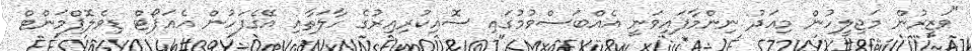
"ވަޒީރުން މަޖިލީހުން މިއަދު ނިންމާފައިވަނީ އެއްބަސްވުމުގައި ސޮއިކުރިއިރުގެ ހާލަތާއި އޭގެފަހުން އެއަޕޯޓް ޑިވެލޮޕްމަންޓް